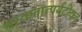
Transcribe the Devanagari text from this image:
चरकतात्पर्यटीका